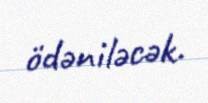
ödəniləcək.